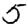
Digit: 5